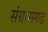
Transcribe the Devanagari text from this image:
संग्रामगढ